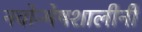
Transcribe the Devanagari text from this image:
नवोन्मेषशालीनी